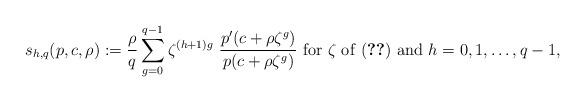
LaTeX: \begin{align*}s_{h,q}(p,c,\rho): =\frac{\rho}{q}\sum_{g=0}^{q-1}\zeta^{(h+1)g}~\frac{p'(c+\rho\zeta^g)}{p(c+\rho\zeta^g)}~{\rm for}~\zeta~{\rm of~(\ref{eqzt})~and}~h=0,1,\dots,q-1, \end{align*}